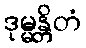
ဒုမ္မန္တိတံ